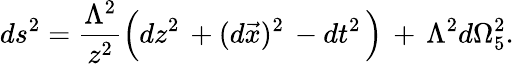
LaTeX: ds^{2}=\frac{\Lambda^{2}}{z^{2}}\Big(dz^{2}\, +(d\vec{x})^{2}\, -dt^{2}\, \Big)\, +\, \Lambda^{2}d\Omega_{5}^{2}.